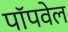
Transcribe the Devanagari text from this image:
पॉपवेल